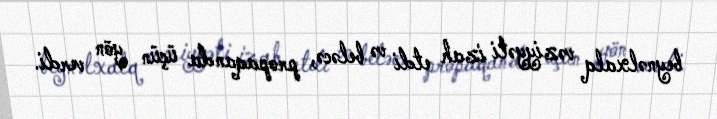
beynəlxalq vəziyyəti izah etdi və beləcə, propaqanda üçün yön verdi.